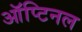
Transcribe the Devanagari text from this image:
ऑप्टिनल